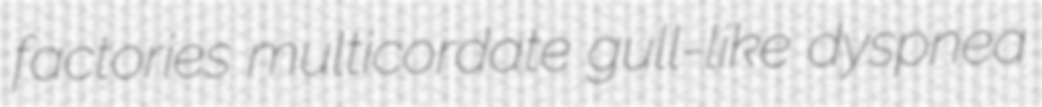
factories multicordate gull-like dyspnea